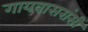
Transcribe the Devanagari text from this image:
गायवासरांसी